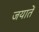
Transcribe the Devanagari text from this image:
जयातें